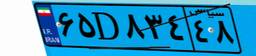
۹۱D۰۹۱۲۳